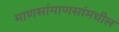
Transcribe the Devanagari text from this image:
माणसांमाणसांमधील